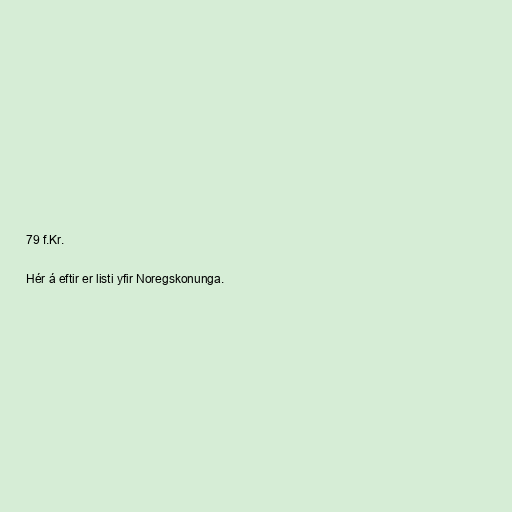
79 f.Kr.

Hér á eftir er listi yfir Noregskonunga.